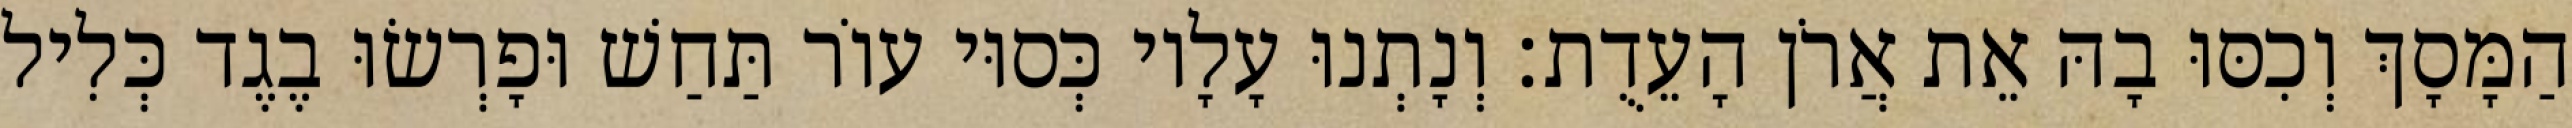
הַמָּסָךְ וְכִסּוּ בָהּ אֵת אֲרֹן הָעֵדֻת׃ וְנָתְנוּ עָלָיו כְּסוּי עוֹר תַּחַשׁ וּפָרְשׂוּ בֶגֶד כְּלִיל